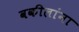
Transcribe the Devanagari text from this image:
वकीलांना